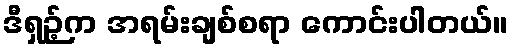
ဒီရှဉ့်က အရမ်းချစ်စရာ ကောင်းပါတယ်။